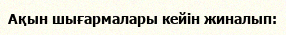
Ақын шығармалары кейін жиналып: